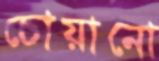
চোয়ানো